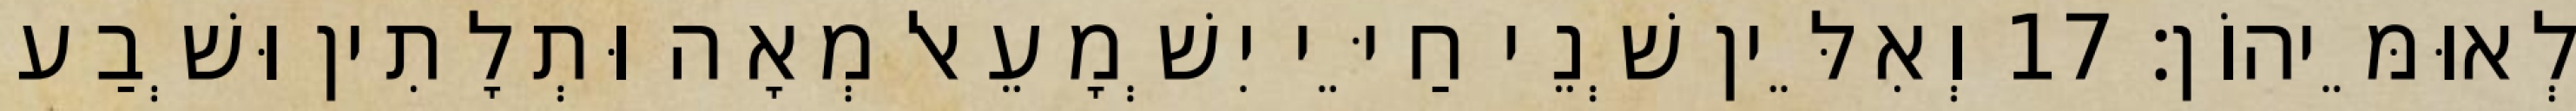
לְאוּמֵּיהוֹן׃ 17 וְאִלֵּין שְׁנֵי חַיֵּי יִשְׁמָעֵאל מְאָה וּתְלָתִין וּשְׁבַע